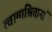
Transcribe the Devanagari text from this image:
त्वामाश्रितानां